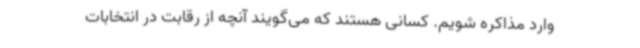
وارد مذاکره شویم. کسانی هستند که می‌گویند آنچه از رقابت در انتخابات